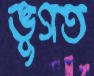
ভুগত